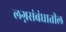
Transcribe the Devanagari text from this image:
लग्नसंबंधातील